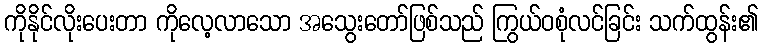
ကိုနိုင်လိုးပေးတာ ကိုလေ့လာသော အသွေးတော်ဖြစ်သည် ကြွယ်ဝစုံလင်ခြင်း သက်ထွန်း၏